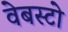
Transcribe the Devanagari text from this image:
वेबस्टो